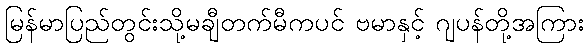
မြန်မာပြည်တွင်းသို့မချီတက်မီကပင် ဗမာနှင့် ဂျပန်တို့အကြား